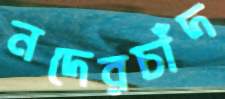
নদেরচাঁদ